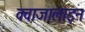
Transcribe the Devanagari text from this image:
क्वाजालाइन